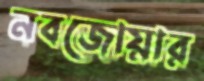
নবজোয়ার